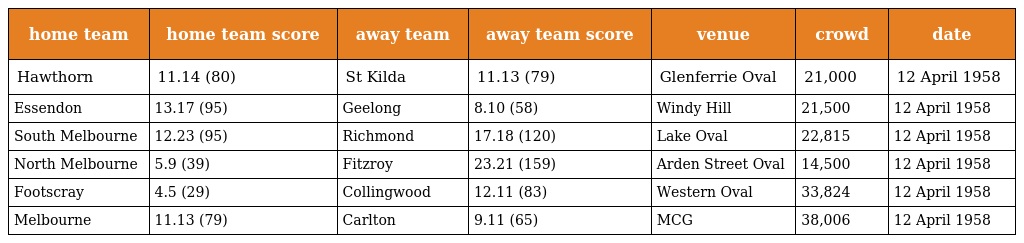
| home team | home team score | away team | away team score | venue | crowd | date |
 | --- | --- | --- | --- | --- | --- | --- |
 | Hawthorn | 11.14 (80) | St Kilda | 11.13 (79) | Glenferrie Oval | 21,000 | 12 April 1958 |
 | Essendon | 13.17 (95) | Geelong | 8.10 (58) | Windy Hill | 21,500 | 12 April 1958 |
 | South Melbourne | 12.23 (95) | Richmond | 17.18 (120) | Lake Oval | 22,815 | 12 April 1958 |
 | North Melbourne | 5.9 (39) | Fitzroy | 23.21 (159) | Arden Street Oval | 14,500 | 12 April 1958 |
 | Footscray | 4.5 (29) | Collingwood | 12.11 (83) | Western Oval | 33,824 | 12 April 1958 |
 | Melbourne | 11.13 (79) | Carlton | 9.11 (65) | MCG | 38,006 | 12 April 1958 |